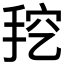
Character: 𰓦